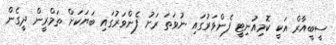
ސީބީއާރް އަކީ ކޮމިއުނިޓީ ފެންވަރުގައި ނުވަތަ ރަށު ފެންވަރުގައި ބަޔަކަށް ތަމްރީން ދީގެން